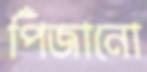
পিঁজানো